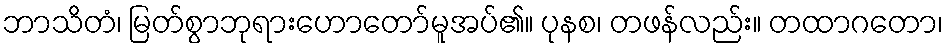
ဘာသိတံ၊ မြတ်စွာဘုရားဟောတော်မူအပ်၏။ ပုနစ၊ တဖန်လည်း။ တထာဂတော၊